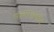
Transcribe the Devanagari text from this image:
मल्याङकोट